Problem: 10 + 28 = ?
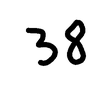
Handwritten answer: 38